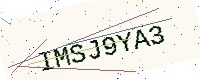
Text: IMSJ9YA3